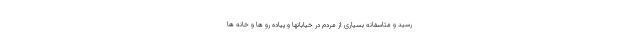
رسید و متاسفانه بسیاری از مردم در خیابانها و پیاده رو ها و خانه ها